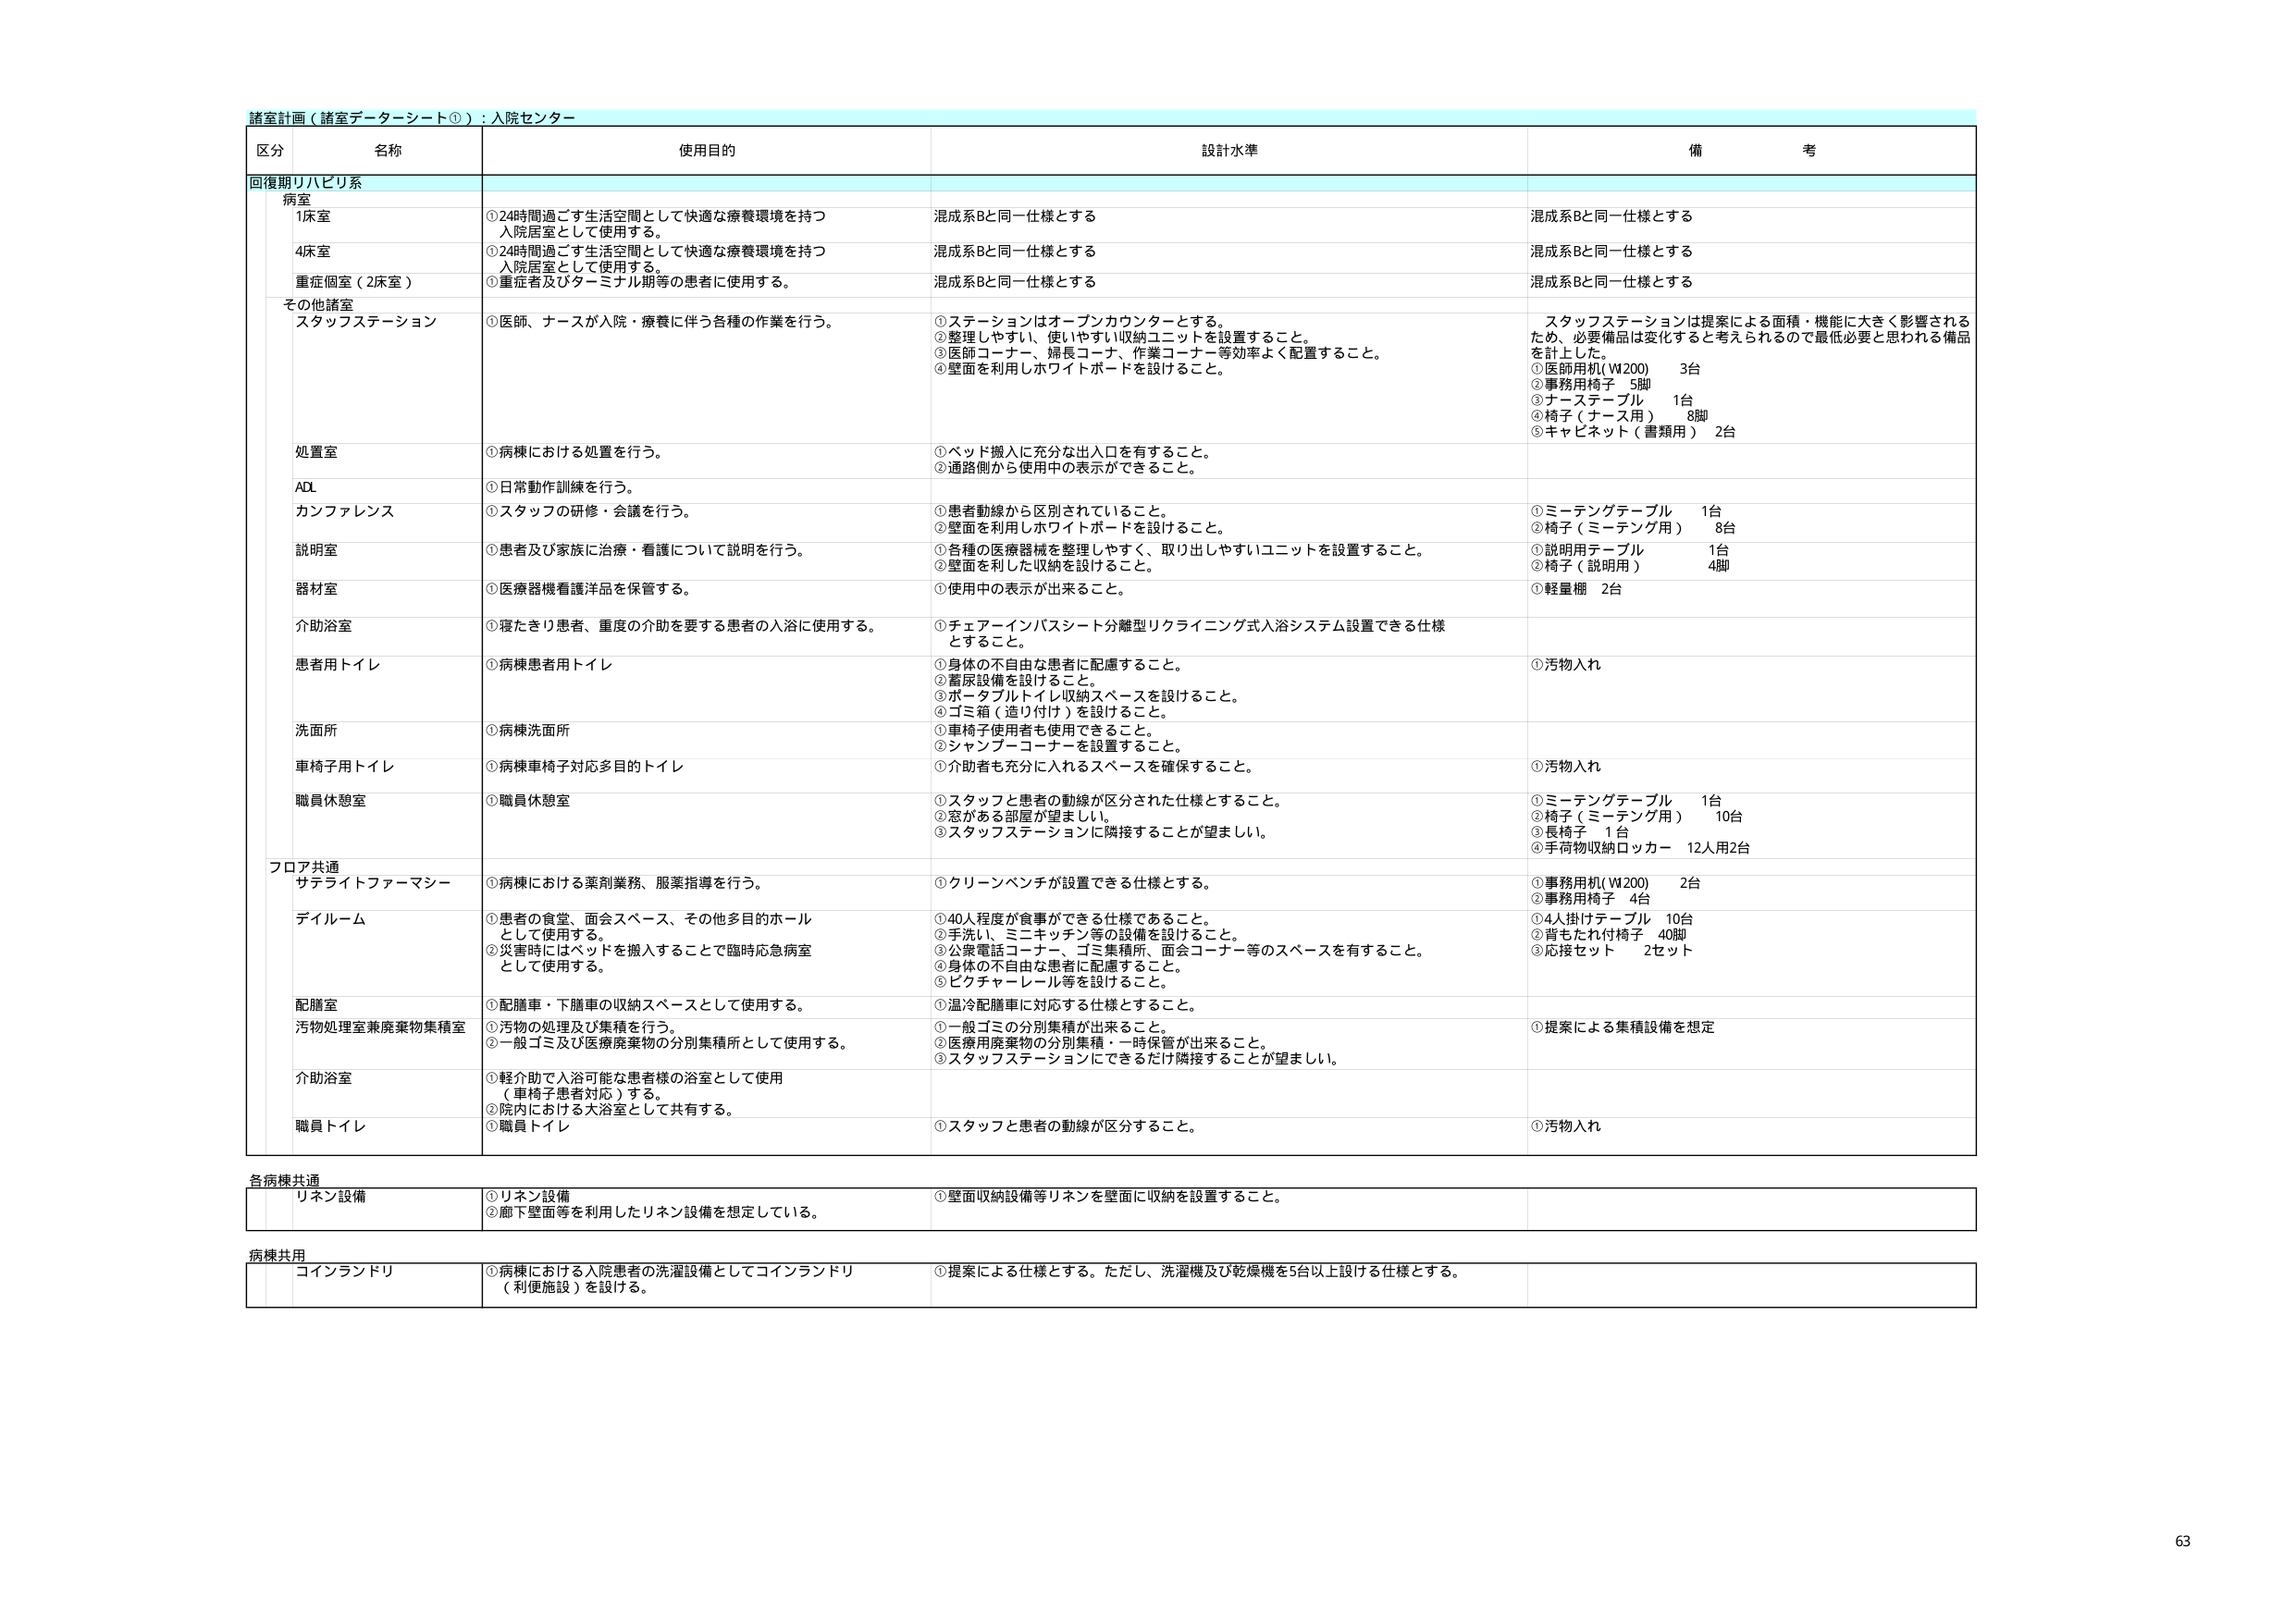
諸室計画（諸室データシート①）：入院センター

区分 名称 使用目的 設計水準 備考

回復期リハビリ系

病室
1床室
①24時間過ごす生活空間として快適な療養環境を持つ
入院居室として使用する。
混成系Bと同一仕様とする
混成系Bと同一仕様とする

4床室
①24時間過ごす生活空間として快適な療養環境を持つ
入院居室として使用する。
混成系Bと同一仕様とする
混成系Bと同一仕様とする

重症個室（2床室）
①重症者及びターミナル期等の患者に使用する。
混成系Bと同一仕様とする
混成系Bと同一仕様とする

その他諸室
スタッフステーション
①医師、ナースが入院・療養に伴う各種の作業を行う。
①ステーションはオープンカウンターとする。
②整理しやすい、使いやすい収納ユニットを設置すること。
③医師コーナー、婦長コーナー、作業コーナー等効率よく配置すること。
④壁面を利用しホワイトボードを設けること。
スタッフステーションは提案による面積・機能に大きく影響される
ため、必要備品は変化すると考えられるので最低必要と思われる備品
を計上した。
①医師用机（W200） 3台
②事務用椅子 5脚
③ナーステーブル 1台
④椅子（ナース用） 8脚
⑤キャビネット（書類用） 2台

処置室
①病棟における処置を行う。
①ベッド搬入に充分な出入口を有すること。
②通路側から使用中の表示ができること。

ADL
①日常動作訓練を行う。

カンファレンス
①スタッフの研修・会議を行う。
①患者動線から区別されていること。
②壁面を利用しホワイトボードを設けること。
①ミーテングテーブル 1台
②椅子（ミーテング用） 8台

説明室
①患者及び家族に治療・看護について説明を行う。
①各種の医療器械を整理しやすく、取り出しやすいユニットを設置すること。
②壁面を利した収納を設けること。
①説明用テーブル 1台
②椅子（説明用） 4脚

器材室
①医療器械看護洋品を保管する。
①使用中の表示が出来ること。
①軽量棚 2台

介助浴室
①寝たきり患者、重度の介助を要する患者の入浴に使用する。
①チェアーバスシート分離型リクライニング式入浴システム設置できる仕様
とすること。

患者用トイレ
①病棟患者用トイレ
①身体の不自由な患者に配慮すること。
②着床設備を設けること。
③ポータブルトイレ収納スペースを設けること。
④ゴミ箱（造り付け）を設けること。
①汚物入れ

洗面所
①病棟洗面所
①車椅子使用者も使用できること。
②シャンプーコーナーを設置すること。

車椅子用トイレ
①病棟車椅子対応多目的トイレ
①介助者も充分に入れるスペースを確保すること。
①汚物入れ

職員休憩室
①職員休憩室
①スタッフと患者の動線が区分された仕様とすること。
②窓がある部屋が望ましい。
③スタッフステーションに隣接することが望ましい。
①ミーテングテーブル 1台
②椅子（ミーテング用） 10台
③長椅子 1台
④手荷物収納ロッカー 12人用2台

フロア共通
サテライトファーマシー
①病棟における薬剤業務、服薬指導を行う。
①クリーンベンチが設置できる仕様とする。
①事務用机（W200） 2台
②事務用椅子 4台

ディルーム
①患者の食堂、面会スペース、その他多目的ホール
として使用する。
②災害時にはベッドを搬入することで臨時応急病室
として使用する。
①40人程度が食事ができる仕様であること。
②手洗い、ミニキッチン等の設備であること。
③公衆電話コーナー、ゴミ集積所、面会コーナー等のスペースを有すること。
④身体の不自由な患者に配慮すること。
⑤ピクチャーレール等を設けること。
①4人掛けテーブル 10台
②背もたれ付椅子 40脚
③応接セット 2セット

配膳室
①配膳車・下膳車の収納スペースとして使用する。
①温冷配膳車に対応する仕様とすること。

汚物処理室兼廃棄物集積室
①汚物の処理及び集積を行う。
②一般ゴミ及び医療廃棄物の分別集積所として使用する。
①一般ゴミの分別集積が出来ること。
②医療用廃棄物の分別集積・一時保管が出来ること。
③スタッフステーションにできるだけ隣接することが望ましい。
①提案による集積設備を想定

介助浴室
①軽介助で入浴可能な患者様の浴室として使用
（車椅子患者対応）する。
②院内における大浴室として共有する。

職員トイレ
①職員トイレ
①スタッフと患者の動線が区分すること。
①汚物入れ

各病棟共通
リネン設備
①リネン設備
②廊下壁面等を利用したリネン設備を想定している。
①壁面収納設備等リネンを壁面に収納を設置すること。

病棟共用
コインランドリ
①病棟における入院患者の洗濯設備としてコインランドリ
（利便施設）を設ける。
①提案による仕様とする。ただし、洗濯機及び乾燥機を5台以上設ける仕様とする。

63